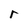
Character: r